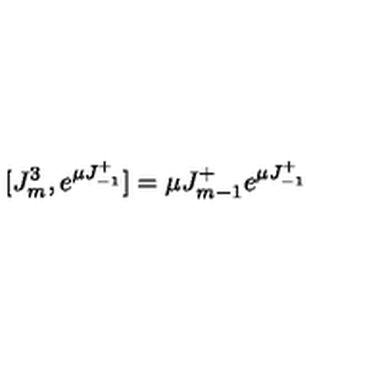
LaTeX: [ J _ { m } ^ { 3 } , e ^ { \mu J _ { - 1 } ^ { + } } ] = \mu J _ { m - 1 } ^ { + } e ^ { \mu J _ { - 1 } ^ { + } }